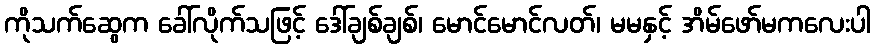
ကိုသက်ဆွေက ခေါ်လိုက်သဖြင့် ဒေါ်ချစ်ချစ်၊ မောင်မောင်လတ်၊ မမနှင့် အိမ်ဖော်မကလေးပါ